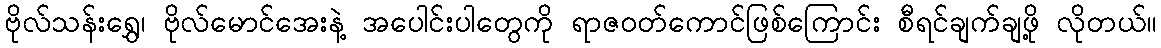
ဗိုလ်သန်းရွှေ၊ ဗိုလ်မောင်အေးနဲ့ အပေါင်းပါတွေကို ရာဇဝတ်ကောင်ဖြစ်ကြောင်း စီရင်ချက်ချဖို့ လိုတယ်။